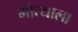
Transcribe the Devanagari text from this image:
मोत्याला